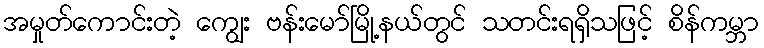
အမှုတ်ကောင်းတဲ့ ကျွေး ဗန်းမော်မြို့နယ်တွင် သတင်းရရှိသဖြင့် စိန်ကမ္ဘာ